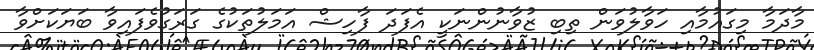
މާދަމާ މިގައުމާއި ހަވާލުވަން ތިބި ޒުވާނުންނަކީ އެފަދަ ފާހިޝް އަމަލުތަކުގެ ގަރަގުވެފައިވާ ބަޔަކަށްވާ